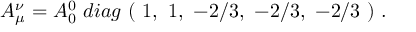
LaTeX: A _ { \mu } ^ { \nu } = A _ { 0 } ^ { 0 } \ d i a g \ ( \ 1 , \ 1 , \ - 2 / 3 , \ - 2 / 3 , \ - 2 / 3 \ ) \ .